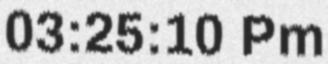
03:25:10 Pm